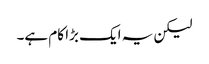
لیکن یہ ایک بڑا کام ہے۔